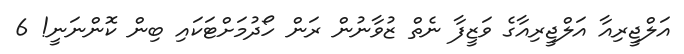
އަލްޖީރިއާ އަލްޖީރިއާގެ ވަޒީފާ ނެތް ޒުވާނުން ރަން ހޯދުމަށްޓަކައި ބިން ކޮންނަނީ! 6